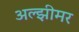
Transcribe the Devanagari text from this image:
अल्झीमर